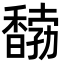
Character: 𩡒